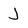
Character: J